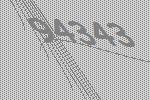
94343